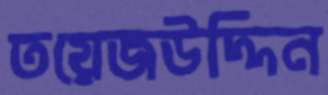
তয়েজউদ্দিন